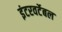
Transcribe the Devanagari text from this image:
इंटरवर्टेबल